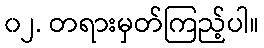
၀၂. တရားမှတ်ကြည့်ပါ။